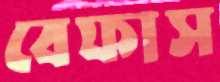
বেফাস